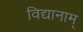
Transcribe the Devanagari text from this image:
विद्यानाम्